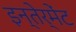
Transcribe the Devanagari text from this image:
इन्तेर्मेंट